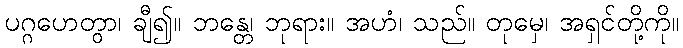
ပဂ္ဂဟေတွာ၊ ချီ၍။ ဘန္တေ၊ ဘုရား။ အဟံ၊ သည်။ တုမှေ၊ အရှင်တို့ကို။